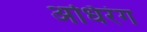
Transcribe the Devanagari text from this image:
अधिरंग